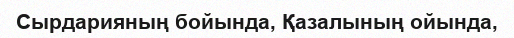
Сырдарияның бойында, Қазалының ойында,